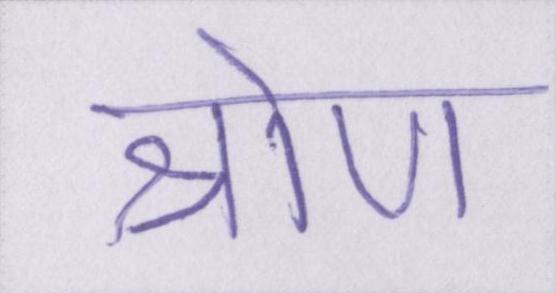
श्रोण